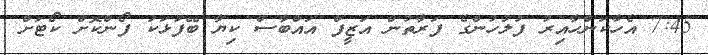
7:45 އެހާކަންހާއިރު ފުލުހުންގެ ފަރާތުން އަޒީފް އައްބާސް ކިޔާ ބޭފުޅަކު ފޯންކޮށް ކޯޓަށް